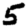
Digit: 5